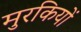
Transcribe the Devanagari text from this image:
मुरकियों